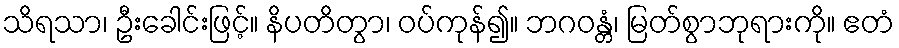
သိရသာ၊ ဦးခေါင်းဖြင့်။ နိပတိတွာ၊ ဝပ်ကုန်၍။ ဘဂဝန္တံ၊ မြတ်စွာဘုရားကို။ ဧတံ